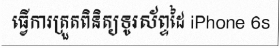
ធ្វើការត្រួតពិនិត្យទូរស័ព្ទដៃ iPhone 6s